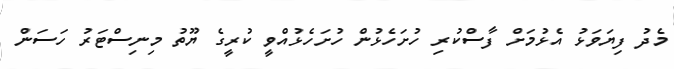
މެދު ފިޔަވަޅު އެޅުމަށް ފާސްކުރި ހުށަހެޅުން ހުށަހެޅުއްވީ ކުރީގެ ޔޫތު މިނިސްޓަރު ހަސަން